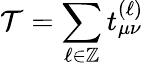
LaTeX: \mathcal{T}=\sum_{\ell\in\mathbb{Z}}t_{\mu\nu}^{(\ell)}